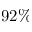
9 2 \%